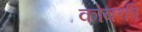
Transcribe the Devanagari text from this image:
कोक्की